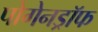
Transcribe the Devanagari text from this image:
पोगेनड्रॉफ